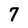
Character: 7